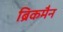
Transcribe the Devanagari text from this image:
ब्रिकमैन